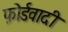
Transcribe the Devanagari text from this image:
फ़ोर्डवादी